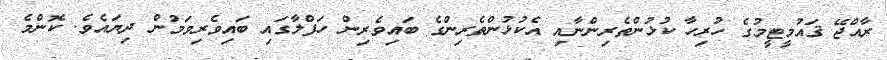
ރާއްޖޭ ޤައުމީޓީމުގެ ހުރިހާ ކުޅުންތެރިންނާއި އެކުޅުންތެރިންގެ ބައިވެރިން ހަފްލާގައި ބައިވެރިވަމުން ދިޔައެވެ. ކޮންމެ